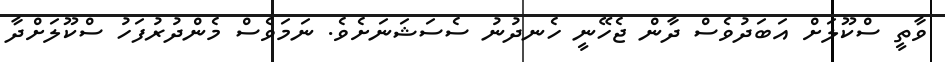
ވާތީ ސްކޫލަށް އަބަދުވެސް ދާން ޖެހޭނީ ހެނދުނު ސެސަޝަނަށެވެ. ނަމަވެސް މެންދުރުފަހު ސްކޫލަށްދާ